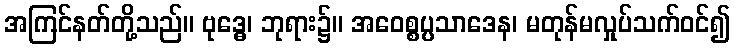
အကြင်နတ်တို့သည်။ ဗုဒ္ဓေ၊ ဘုရား၌။ အဝေစ္စပ္ပသာဒေန၊ မတုန်မလှုပ်သက်ဝင်၍